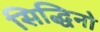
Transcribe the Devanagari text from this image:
सिद्धिनो